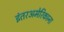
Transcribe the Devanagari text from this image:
इंतरअमेरिकाना